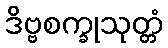
ဒိဗ္ဗစက္ခုသုတ္တံ